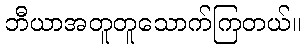
ဘီယာအတူတူသောက်ကြတယ်။